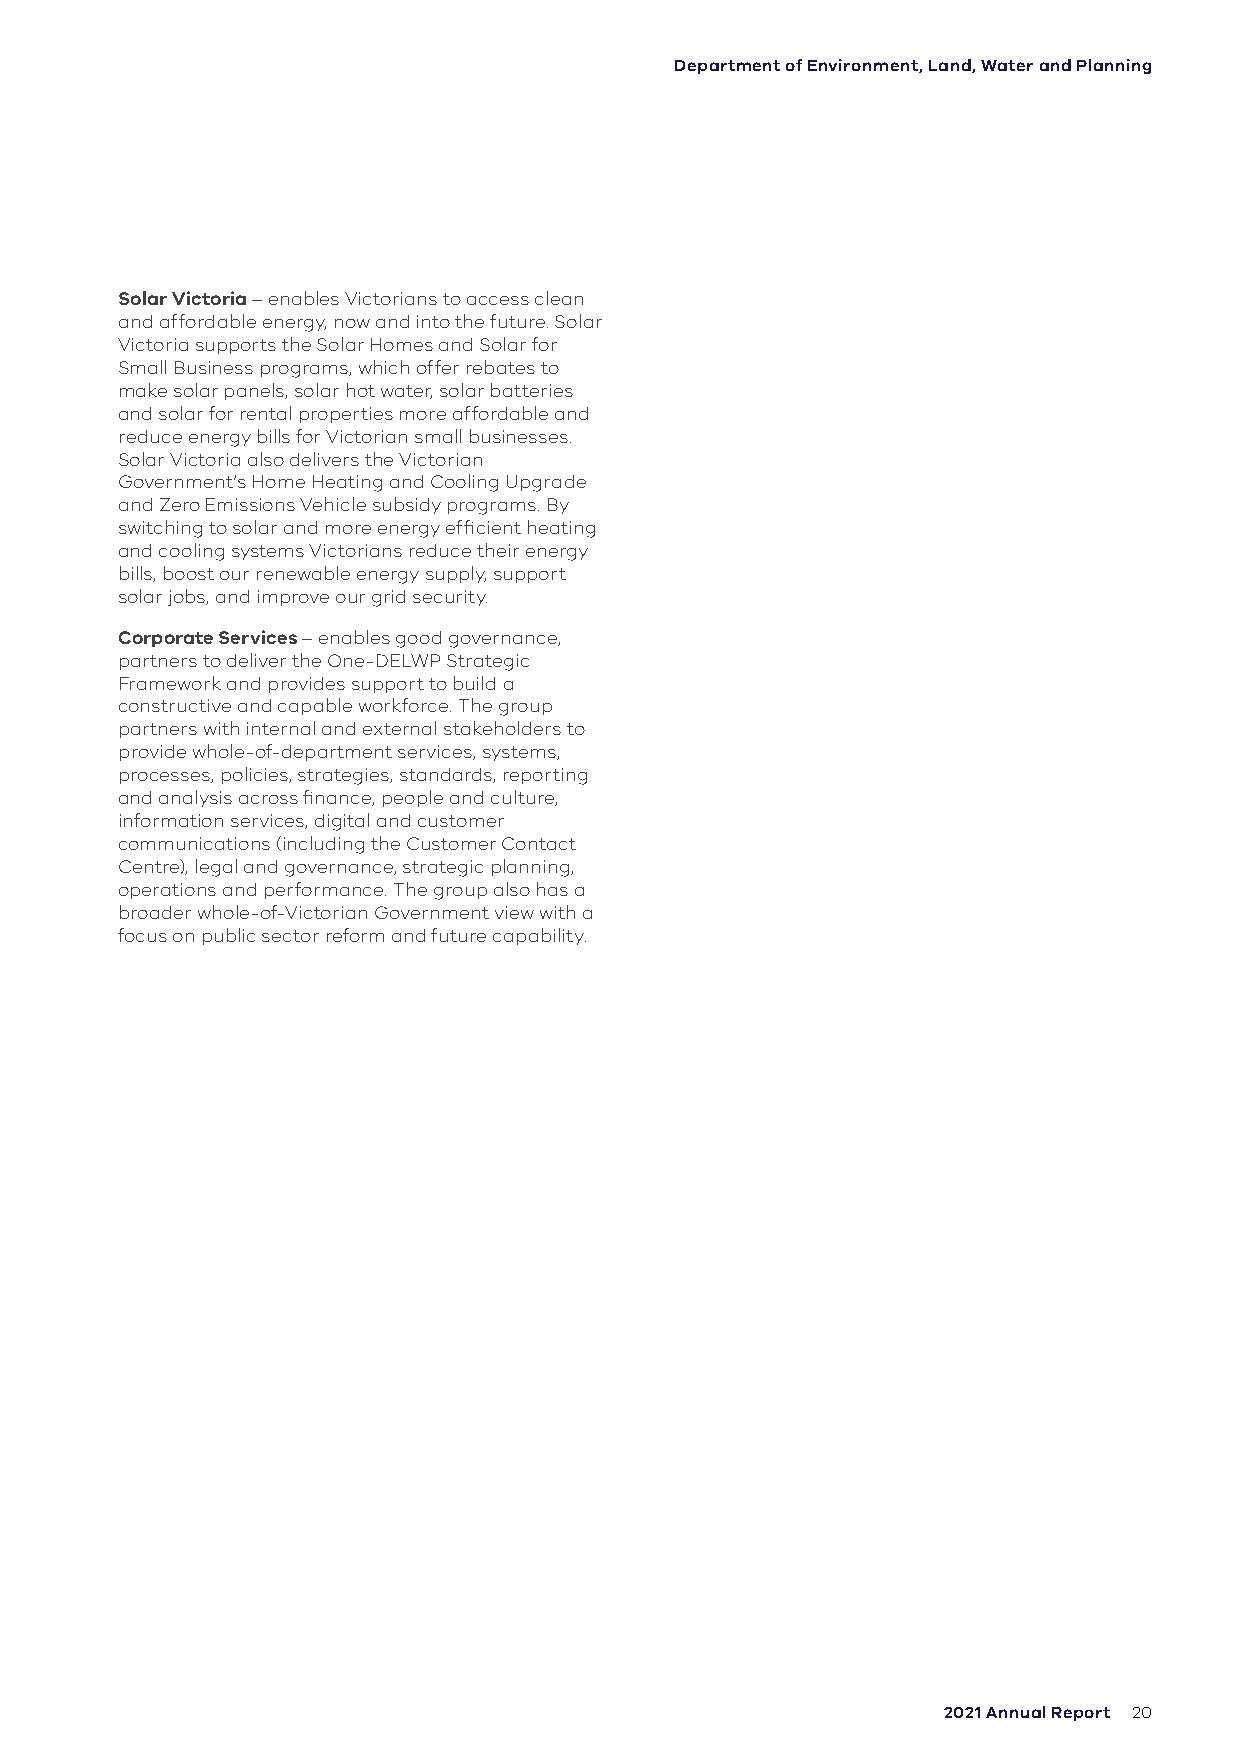
Department of Environment, Land, Water and Planning
 Solar Victoria – enables Victorians to access clean
 and affordable energy, now and into the future. Solar
 Victoria supports the Solar Homes and Solar for
 Small Business programs, which offer rebates to
 make solar panels, solar hot water, solar batteries
 and solar for rental properties more affordable and
 reduce energy bills for Victorian small businesses.
 Solar Victoria also delivers the Victorian
 Government’s Home Heating and Cooling Upgrade
 and Zero Emissions Vehicle subsidy programs. By
 switching to solar and more energy efficient heating
 and cooling systems Victorians reduce their energy
 bills, boost our renewable energy supply, support
 solar jobs, and improve our grid security.
 Corporate Services – enables good governance,
 partners to deliver the One-DELWP Strategic
 Framework and provides support to build a
 constructive and capable workforce. The group
 partners with internal and external stakeholders to
 provide whole-of-department services, systems,
 processes, policies, strategies, standards, reporting
 and analysis across finance, people and culture,
 information services, digital and customer
 communications (including the Customer Contact
 Centre), legal and governance, strategic planning,
 operations and performance. The group also has a
 broader whole-of-Victorian Government view with a
 focus on public sector reform and future capability.
 2021 Annual Report 20